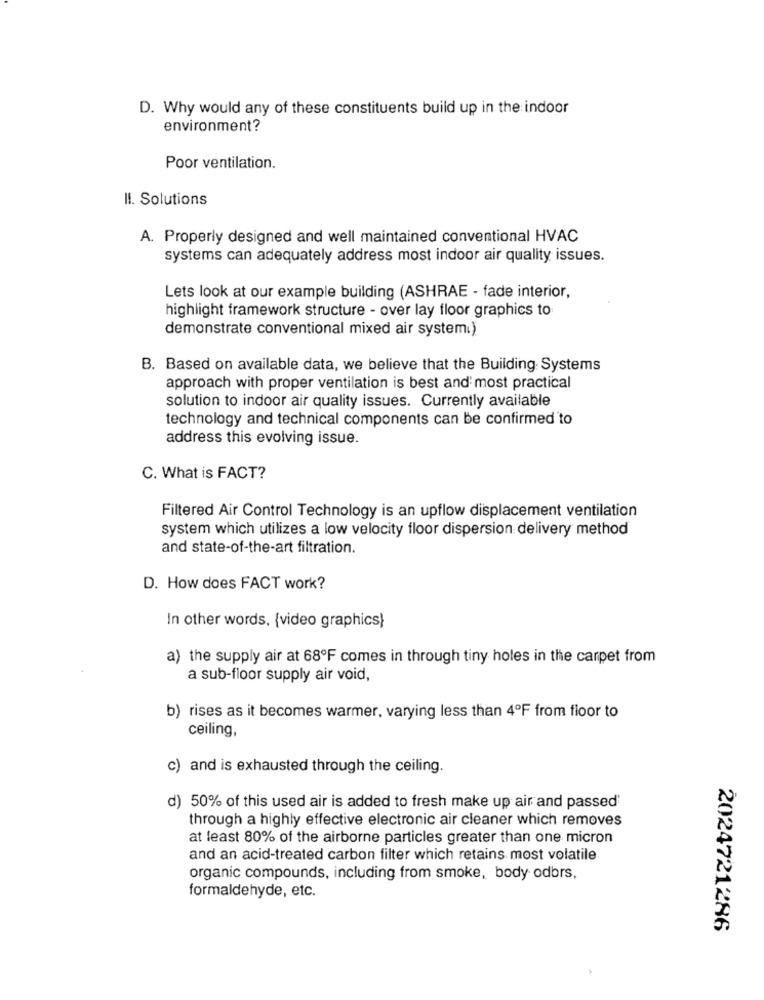
D. Why would any of these constituents build up in the indoor
environment?
Poor ventilation.
II. Solutions
A. Properly designed and well maintained conventional HVAC
systems can adequately address most indoor air quality issues.
Lets look at our example building (ASHRAE - fade interior,
highlight framework structure - over lay floor graphics to
demonstrate conventional mixed air system.)
B. Based on available data, we believe that the Building Systems
approach with proper ventilation is best and most practical
solution to indoor air quality issues. Currently available
technology and technical components can be confirmed to
address this evolving issue.
C. What is FACT?
Filtered Air Control Technology is an upflow displacement ventilation
system which utilizes a low velocity floor dispersion delivery method
and state-of-the-art filtration.
D. How does FACT work?
In other words, {video graphics}
a) the supply air at 68ºF comes in through tiny holes in the carpet from
a sub-floor supply air void,
b) rises as it becomes warmer, varying less than 4ºF from floor to
ceiling,
c) and is exhausted through the ceiling.
d) 50% of this used air is added to fresh make up air and passed
through a highly effective electronic air cleaner which removes
at least 80% of the airborne particles greater than one micron
and an acid-treated carbon filter which retains most volatile
organic compounds, including from smoke, body odbrs,
formaldehyde, etc.
2024721286